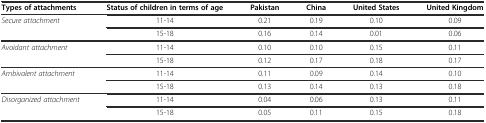
<table><thead><tr><td><b>Types of attachments</b></td><td><b>Status of children in terms of age</b></td><td><b>Pakistan</b></td><td><b>China</b></td><td><b>United States</b></td><td><b>United Kingdom</b></td></tr></thead><tbody><tr><td rowspan="2"><i>Secure attachment</i></td><td>11-14</td><td>0.21</td><td>0.19</td><td>0.10</td><td>0.09</td></tr><tr><td>15-18</td><td>0.16</td><td>0.14</td><td>0.01</td><td>0.06</td></tr><tr><td rowspan="2"><i>Avoidant attachment</i></td><td>11-14</td><td>0.10</td><td>0.10</td><td>0.15</td><td>0.11</td></tr><tr><td>15-18</td><td>0.12</td><td>0.17</td><td>0.18</td><td>0.17</td></tr><tr><td rowspan="2"><i>Ambivalent attachment</i></td><td>11-14</td><td>0.11</td><td>0.09</td><td>0.14</td><td>0.10</td></tr><tr><td>15-18</td><td>0.13</td><td>0.14</td><td>0.13</td><td>0.18</td></tr><tr><td rowspan="2"><i>Disorganized attachment</i></td><td>11-14</td><td>0.04</td><td>0.06</td><td>0.13</td><td>0.11</td></tr><tr><td>15-18</td><td>0.05</td><td>0.11</td><td>0.15</td><td>0.18</td></tr></tbody></table>